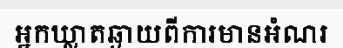
អ្នកឃ្លាតឆ្ងាយពីការមានអំណរ